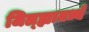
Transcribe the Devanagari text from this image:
जिल्‍ह्यामध्ये